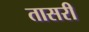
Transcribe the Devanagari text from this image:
तासरी